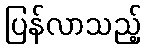
ပြန်လာသည့်